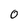
Character: 0